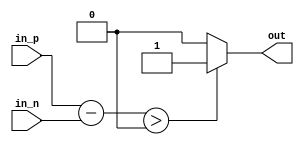
module ECL_buffer_design(
    input in_p,
    input in_n,
    output out
);

// Differential input stage
assign diff_input = in_p - in_n;

// Biasing circuitry
reg bias;
always @* begin
    if(diff_input > 0)
        bias = 1;
    else
        bias = 0;
end

// Output stage
assign out = bias;

// Protection circuitry
reg [3:0] protection;
always @* begin
    if(diff_input > 4'd10) // Excessive input voltage level
        protection = 4'b1111;
    else
        protection = 4'b0000;
end

endmodule